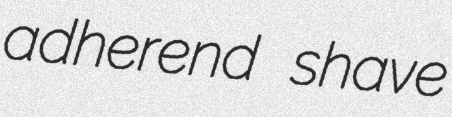
adherend shave